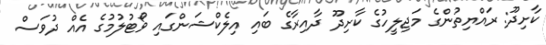
ކާށިދޫ: ރައްޔިތުންގެ މަޖިލީހުގެ ކާށިދޫ ދާއިރާގެ ބައި އިލެކްޝަންގައި ވޯޓުލުމުގެ އެއް ދުވަސް